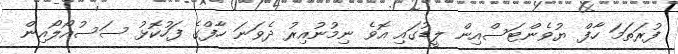
ފުރަތަމަ ހާފް ޔުވެންޓަސްއިން ލީޑުގައި އޮވެ ނިމުނުއިރު ދެވަނަ ހާފްގެ ފަހުކޮޅު ސަސުއޯލޯއިން